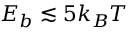
E _ { b } \lesssim 5 k _ { B } T